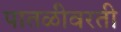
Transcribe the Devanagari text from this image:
पातळीवरती